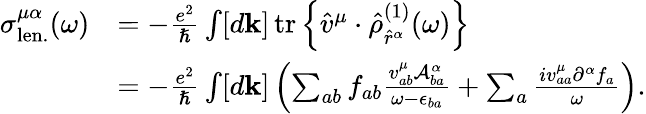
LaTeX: \begin{array}{rl}{\sigma_{\mathrm{len.}}^{\mu\alpha}(\omega)}&{=-\frac{e^{2}}{\hslash}\int[d\mathbf{k}]\, \mathrm{tr}\left\{ \hat{v}^{\mu}\cdot\hat{\rho}_{\hat{r}^{\alpha}}^{(1)}(\omega)\right\} }\\ &{=-\frac{e^{2}}{\hslash}\int[d\mathbf{k}]\left(\sum_{ab}f_{ab}\frac{v_{ab}^{\mu}\mathcal{A}_{ba}^{\alpha}}{\omega-\epsilon_{ba}}+\sum_{a}\frac{iv_{aa}^{\mu}\partial^{\alpha}f_{a}}{\omega}\right)\mathrm{.}}\end{array}